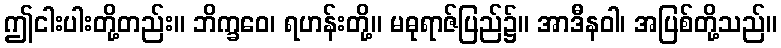
ဤငါးပါးတို့တည်း။ ဘိက္ခဝေ၊ ရဟန်းတို့။ မဓုရာဇ်ပြည်၌။ အာဒီနဝါ၊ အပြစ်တို့သည်။